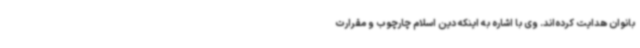
بانوان هدایت کرده‌اند. وی با اشاره به اینکه دین اسلام چارچوب و مقرارت